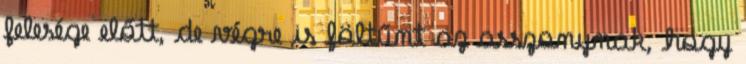
felesége előtt, de végre is föltűnt az asszonynak, hogy